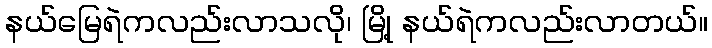
နယ်မြေရဲကလည်းလာသလို၊ မြို့ နယ်ရဲကလည်းလာတယ်။